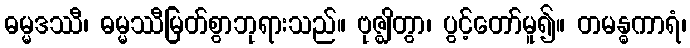
ဓမ္မဒဿီ၊ ဓမ္မဿီမြတ်စွာဘုရားသည်။ ဗုဇ္ဈိတွာ၊ ပွင့်တော်မူ၍။ တမန္ဓကာရံ၊